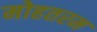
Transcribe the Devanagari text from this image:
मोहतरम